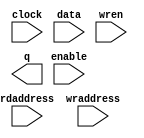
// megafunction wizard: %RAM: 2-PORT%VBB%
// GENERATION: STANDARD
// VERSION: WM1.0
// MODULE: altsyncram 

// ============================================================
// Megafunction Name(s):
// 			altsyncram
//
// Simulation Library Files(s):
// 			altera_mf
// ============================================================
// ************************************************************
// THIS IS A WIZARD-GENERATED FILE. DO NOT EDIT THIS FILE!
//
// 18.0.0 Build 614 04/24/2018 SJ Standard Edition
// ************************************************************

//Copyright (C) 2018  Intel Corporation. All rights reserved.
//Your use of Intel Corporation's design tools, logic functions 
//and other software and tools, and its AMPP partner logic 
//functions, and any output files from any of the foregoing 
//(including device programming or simulation files), and any 
//associated documentation or information are expressly subject 
//to the terms and conditions of the Intel Program License 
//Subscription Agreement, the Intel Quartus Prime License Agreement,
//the Intel FPGA IP License Agreement, or other applicable license
//agreement, including, without limitation, that your use is for
//the sole purpose of programming logic devices manufactured by
//Intel and sold by Intel or its authorized distributors.  Please
//refer to the applicable agreement for further details.

module dpram_16x32 (
	clock,
	data,
	enable,
	rdaddress,
	wraddress,
	wren,
	q);

	input	  clock;
	input	[31:0]  data;
	input	  enable;
	input	[3:0]  rdaddress;
	input	[3:0]  wraddress;
	input	  wren;
	output	[31:0]  q;
`ifndef ALTERA_RESERVED_QIS
// synopsys translate_off
`endif
	tri1	  clock;
	tri1	  enable;
	tri0	  wren;
`ifndef ALTERA_RESERVED_QIS
// synopsys translate_on
`endif

endmodule

// ============================================================
// CNX file retrieval info
// ============================================================
// Retrieval info: PRIVATE: ADDRESSSTALL_A NUMERIC "0"
// Retrieval info: PRIVATE: ADDRESSSTALL_B NUMERIC "0"
// Retrieval info: PRIVATE: BYTEENA_ACLR_A NUMERIC "0"
// Retrieval info: PRIVATE: BYTEENA_ACLR_B NUMERIC "0"
// Retrieval info: PRIVATE: BYTE_ENABLE_A NUMERIC "0"
// Retrieval info: PRIVATE: BYTE_ENABLE_B NUMERIC "0"
// Retrieval info: PRIVATE: BYTE_SIZE NUMERIC "8"
// Retrieval info: PRIVATE: BlankMemory NUMERIC "1"
// Retrieval info: PRIVATE: CLOCK_ENABLE_INPUT_A NUMERIC "1"
// Retrieval info: PRIVATE: CLOCK_ENABLE_INPUT_B NUMERIC "1"
// Retrieval info: PRIVATE: CLOCK_ENABLE_OUTPUT_A NUMERIC "1"
// Retrieval info: PRIVATE: CLOCK_ENABLE_OUTPUT_B NUMERIC "1"
// Retrieval info: PRIVATE: CLRdata NUMERIC "0"
// Retrieval info: PRIVATE: CLRq NUMERIC "0"
// Retrieval info: PRIVATE: CLRrdaddress NUMERIC "0"
// Retrieval info: PRIVATE: CLRrren NUMERIC "0"
// Retrieval info: PRIVATE: CLRwraddress NUMERIC "0"
// Retrieval info: PRIVATE: CLRwren NUMERIC "0"
// Retrieval info: PRIVATE: Clock NUMERIC "0"
// Retrieval info: PRIVATE: Clock_A NUMERIC "0"
// Retrieval info: PRIVATE: Clock_B NUMERIC "0"
// Retrieval info: PRIVATE: IMPLEMENT_IN_LES NUMERIC "0"
// Retrieval info: PRIVATE: INDATA_ACLR_B NUMERIC "0"
// Retrieval info: PRIVATE: INDATA_REG_B NUMERIC "0"
// Retrieval info: PRIVATE: INIT_FILE_LAYOUT STRING "PORT_B"
// Retrieval info: PRIVATE: INIT_TO_SIM_X NUMERIC "0"
// Retrieval info: PRIVATE: INTENDED_DEVICE_FAMILY STRING "Stratix IV"
// Retrieval info: PRIVATE: JTAG_ENABLED NUMERIC "0"
// Retrieval info: PRIVATE: JTAG_ID STRING "NONE"
// Retrieval info: PRIVATE: MAXIMUM_DEPTH NUMERIC "0"
// Retrieval info: PRIVATE: MEMSIZE NUMERIC "512"
// Retrieval info: PRIVATE: MEM_IN_BITS NUMERIC "0"
// Retrieval info: PRIVATE: MIFfilename STRING ""
// Retrieval info: PRIVATE: OPERATION_MODE NUMERIC "2"
// Retrieval info: PRIVATE: OUTDATA_ACLR_B NUMERIC "0"
// Retrieval info: PRIVATE: OUTDATA_REG_B NUMERIC "0"
// Retrieval info: PRIVATE: RAM_BLOCK_TYPE NUMERIC "2"
// Retrieval info: PRIVATE: READ_DURING_WRITE_MODE_MIXED_PORTS NUMERIC "1"
// Retrieval info: PRIVATE: READ_DURING_WRITE_MODE_PORT_A NUMERIC "3"
// Retrieval info: PRIVATE: READ_DURING_WRITE_MODE_PORT_B NUMERIC "3"
// Retrieval info: PRIVATE: REGdata NUMERIC "1"
// Retrieval info: PRIVATE: REGq NUMERIC "1"
// Retrieval info: PRIVATE: REGrdaddress NUMERIC "1"
// Retrieval info: PRIVATE: REGrren NUMERIC "1"
// Retrieval info: PRIVATE: REGwraddress NUMERIC "1"
// Retrieval info: PRIVATE: REGwren NUMERIC "1"
// Retrieval info: PRIVATE: SYNTH_WRAPPER_GEN_POSTFIX STRING "0"
// Retrieval info: PRIVATE: USE_DIFF_CLKEN NUMERIC "0"
// Retrieval info: PRIVATE: UseDPRAM NUMERIC "1"
// Retrieval info: PRIVATE: VarWidth NUMERIC "0"
// Retrieval info: PRIVATE: WIDTH_READ_A NUMERIC "32"
// Retrieval info: PRIVATE: WIDTH_READ_B NUMERIC "32"
// Retrieval info: PRIVATE: WIDTH_WRITE_A NUMERIC "32"
// Retrieval info: PRIVATE: WIDTH_WRITE_B NUMERIC "32"
// Retrieval info: PRIVATE: WRADDR_ACLR_B NUMERIC "0"
// Retrieval info: PRIVATE: WRADDR_REG_B NUMERIC "0"
// Retrieval info: PRIVATE: WRCTRL_ACLR_B NUMERIC "0"
// Retrieval info: PRIVATE: enable NUMERIC "1"
// Retrieval info: PRIVATE: rden NUMERIC "0"
// Retrieval info: LIBRARY: altera_mf altera_mf.altera_mf_components.all
// Retrieval info: CONSTANT: ADDRESS_ACLR_B STRING "NONE"
// Retrieval info: CONSTANT: ADDRESS_REG_B STRING "CLOCK0"
// Retrieval info: CONSTANT: CLOCK_ENABLE_INPUT_A STRING "NORMAL"
// Retrieval info: CONSTANT: CLOCK_ENABLE_INPUT_B STRING "NORMAL"
// Retrieval info: CONSTANT: CLOCK_ENABLE_OUTPUT_B STRING "BYPASS"
// Retrieval info: CONSTANT: INTENDED_DEVICE_FAMILY STRING "Stratix IV"
// Retrieval info: CONSTANT: LPM_TYPE STRING "altsyncram"
// Retrieval info: CONSTANT: NUMWORDS_A NUMERIC "16"
// Retrieval info: CONSTANT: NUMWORDS_B NUMERIC "16"
// Retrieval info: CONSTANT: OPERATION_MODE STRING "DUAL_PORT"
// Retrieval info: CONSTANT: OUTDATA_ACLR_B STRING "NONE"
// Retrieval info: CONSTANT: OUTDATA_REG_B STRING "UNREGISTERED"
// Retrieval info: CONSTANT: POWER_UP_UNINITIALIZED STRING "FALSE"
// Retrieval info: CONSTANT: RAM_BLOCK_TYPE STRING "M9K"
// Retrieval info: CONSTANT: READ_DURING_WRITE_MODE_MIXED_PORTS STRING "OLD_DATA"
// Retrieval info: CONSTANT: WIDTHAD_A NUMERIC "4"
// Retrieval info: CONSTANT: WIDTHAD_B NUMERIC "4"
// Retrieval info: CONSTANT: WIDTH_A NUMERIC "32"
// Retrieval info: CONSTANT: WIDTH_B NUMERIC "32"
// Retrieval info: CONSTANT: WIDTH_BYTEENA_A NUMERIC "1"
// Retrieval info: USED_PORT: clock 0 0 0 0 INPUT VCC "clock"
// Retrieval info: USED_PORT: data 0 0 32 0 INPUT NODEFVAL "data[31..0]"
// Retrieval info: USED_PORT: enable 0 0 0 0 INPUT VCC "enable"
// Retrieval info: USED_PORT: q 0 0 32 0 OUTPUT NODEFVAL "q[31..0]"
// Retrieval info: USED_PORT: rdaddress 0 0 4 0 INPUT NODEFVAL "rdaddress[3..0]"
// Retrieval info: USED_PORT: wraddress 0 0 4 0 INPUT NODEFVAL "wraddress[3..0]"
// Retrieval info: USED_PORT: wren 0 0 0 0 INPUT GND "wren"
// Retrieval info: CONNECT: @address_a 0 0 4 0 wraddress 0 0 4 0
// Retrieval info: CONNECT: @address_b 0 0 4 0 rdaddress 0 0 4 0
// Retrieval info: CONNECT: @clock0 0 0 0 0 clock 0 0 0 0
// Retrieval info: CONNECT: @clocken0 0 0 0 0 enable 0 0 0 0
// Retrieval info: CONNECT: @data_a 0 0 32 0 data 0 0 32 0
// Retrieval info: CONNECT: @wren_a 0 0 0 0 wren 0 0 0 0
// Retrieval info: CONNECT: q 0 0 32 0 @q_b 0 0 32 0
// Retrieval info: GEN_FILE: TYPE_NORMAL dpram_16x32.v TRUE
// Retrieval info: GEN_FILE: TYPE_NORMAL dpram_16x32.inc TRUE
// Retrieval info: GEN_FILE: TYPE_NORMAL dpram_16x32.cmp TRUE
// Retrieval info: GEN_FILE: TYPE_NORMAL dpram_16x32.bsf TRUE
// Retrieval info: GEN_FILE: TYPE_NORMAL dpram_16x32_inst.v TRUE
// Retrieval info: GEN_FILE: TYPE_NORMAL dpram_16x32_bb.v TRUE
// Retrieval info: LIB_FILE: altera_mf